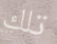
تلك